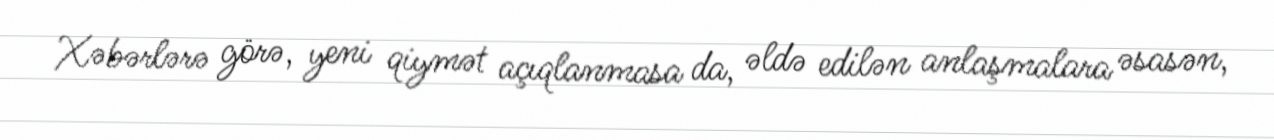
Xəbərlərə görə, yeni qiymət açıqlanmasa da, əldə edilən anlaşmalara əsasən,